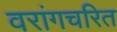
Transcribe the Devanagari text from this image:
वरांगचरित